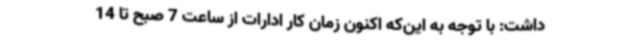
داشت: با توجه به این‌که اکنون زمان کار ادارات از ساعت 7 صبح تا 14